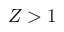
Z > 1